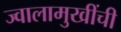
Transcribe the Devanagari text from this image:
ज्वालामुखींची